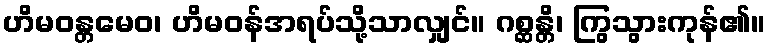
ဟိမဝန္တမေဝ၊ ဟိမဝန်အရပ်သို့သာလျှင်။ ဂစ္ဆန္တိ၊ ကြွသွားကုန်၏။